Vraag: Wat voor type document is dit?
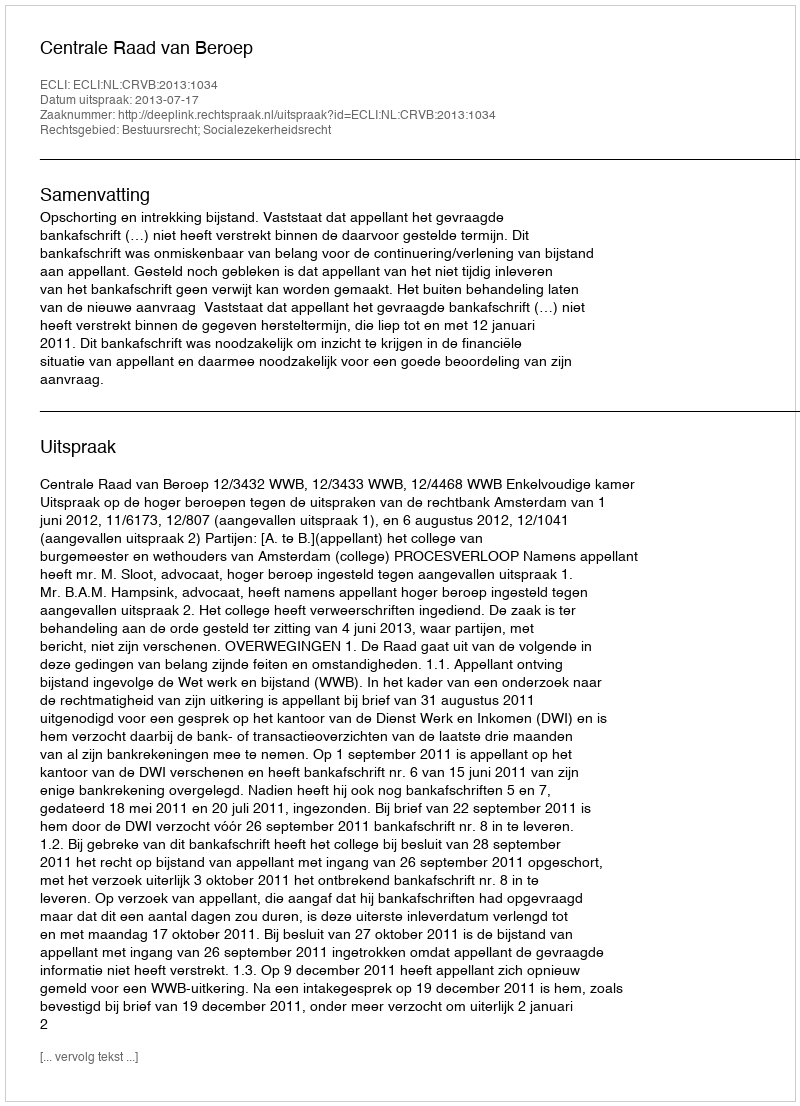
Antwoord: Uitspraak